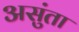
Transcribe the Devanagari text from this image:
असुंता